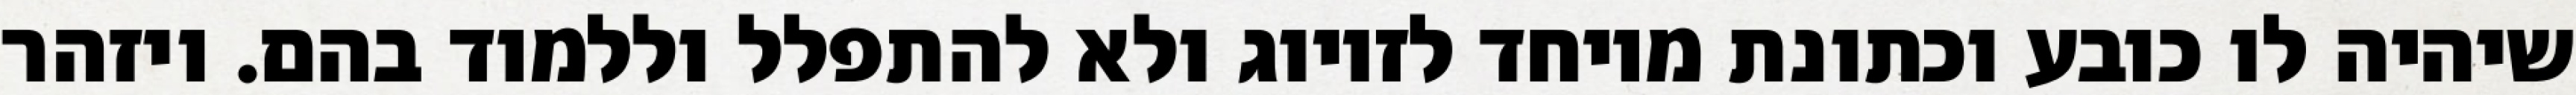
שיהיה לו כובע וכתונת מיוחד לזיווג ולא להתפלל וללמוד בהם. ויזהר